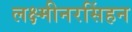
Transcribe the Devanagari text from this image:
लक्ष्मीनरसिंहन